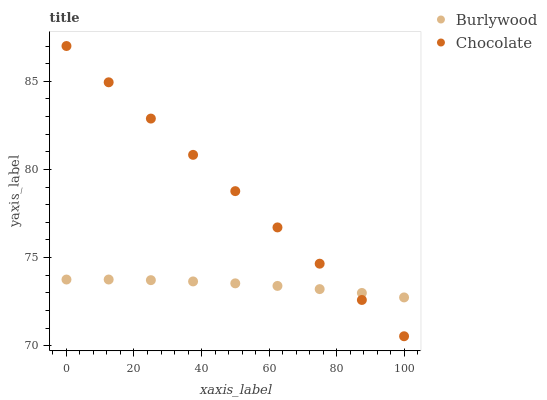
| xaxis_label | Burlywood | Chocolate |
 | --- | --- | --- |
 | 0 | 73.8 | 87 |
 | 12.5 | 73.8 | 84.9 |
 | 25 | 73.7 | 82.9 |
 | 37.5 | 73.6 | 80.8 |
 | 50 | 73.5 | 78.8 |
 | 62.5 | 73.4 | 76.7 |
 | 75 | 73.2 | 74.7 |
 | 87.5 | 73 | 72.6 |
 | 100 | 72.7 | 70.5 |